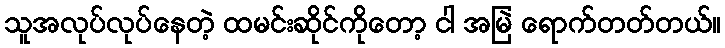
သူအလုပ်လုပ်နေတဲ့ ထမင်းဆိုင်ကိုတော့ ငါ အမြဲ ရောက်တတ်တယ်။